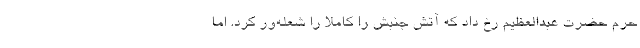
حرم حضرت عبدالعظیم رخ داد که آتش جنبش را کاملا را شعله‌ور کرد. اما